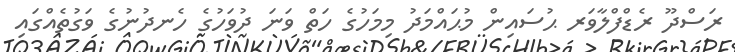
ރަސްދޫ ރެޑްފްލާވަރ ޙުސައިން މުޙައްމަދު މިމަހުގެ ހަތް ވަނަ ދުވަހުގެ ހެނދުނުގެ ވަގުތެއްގައި